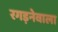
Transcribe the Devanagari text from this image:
रगड़नेवाला